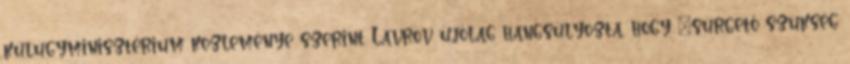
külügyminisztérium közleménye szerint Lavrov újólag hangsúlyozta, hogy "sürgető szükség